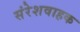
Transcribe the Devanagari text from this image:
संरेशवाहक